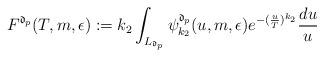
LaTeX: \begin{align*}F^{\mathfrak{d}_{p}}(T,m,\epsilon) := k_{2}\int_{L_{\mathfrak{d}_{p}}} \psi_{k_2}^{\mathfrak{d}_{p}}(u,m,\epsilon) e^{-(\frac{u}{T})^{k_2}} \frac{du}{u}\end{align*}